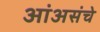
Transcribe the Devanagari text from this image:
आंअसंचे